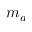
m _ { a }